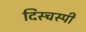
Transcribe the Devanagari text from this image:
दिस्चस्पी